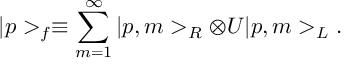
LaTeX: | p > _ { f } \equiv \sum _ { m = 1 } ^ { \infty } | p , m > _ { R } \otimes U | p , m > _ { L } .